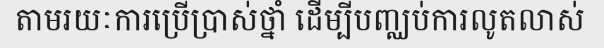
តាមរយៈការប្រើប្រាស់ថ្នាំ ដើម្បីបញ្ឈប់ការលូតលាស់